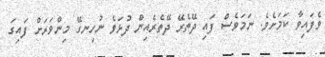
ވެފައިވާ ކަމަށެވެ. ނަމަވެސް ފައި ދޭތެރޭ ދޭތެރެއިން ދުޅަވެ ނުހިނގޭ މިންވަރަށް ފައިގަ